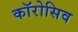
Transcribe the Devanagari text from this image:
कॉरोसिव